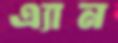
এ্যান